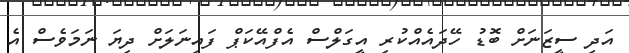
އަދި ސީޒަނަށް ބޮޑު ހޭދައެއްކުރި އީގަލްސް އެފްއޭކަޕް ފައިނަލަށް ދިޔަ ނަމަވެސް އެ